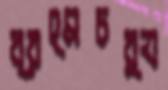
ব্রহ্মচর্য